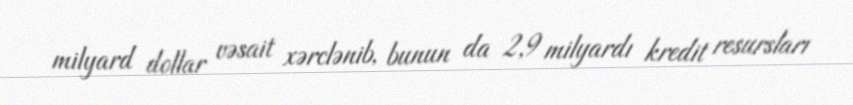
milyard dollar vəsait xərclənib, bunun da 2,9 milyardı kredit resursları